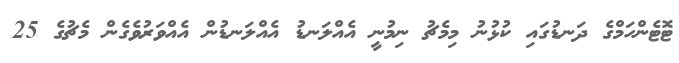
ޓޮޓެންހަމްގެ ދަނޑުގައި ކުޅުުނު މިމެޗު ނިމުނީ އެއްލަނޑު އެއްލަނޑުން އެއްވަރުވެގެން މެޗުގެ 25